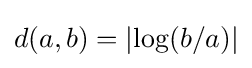
d(a,b)=|{\log(b/a)}|